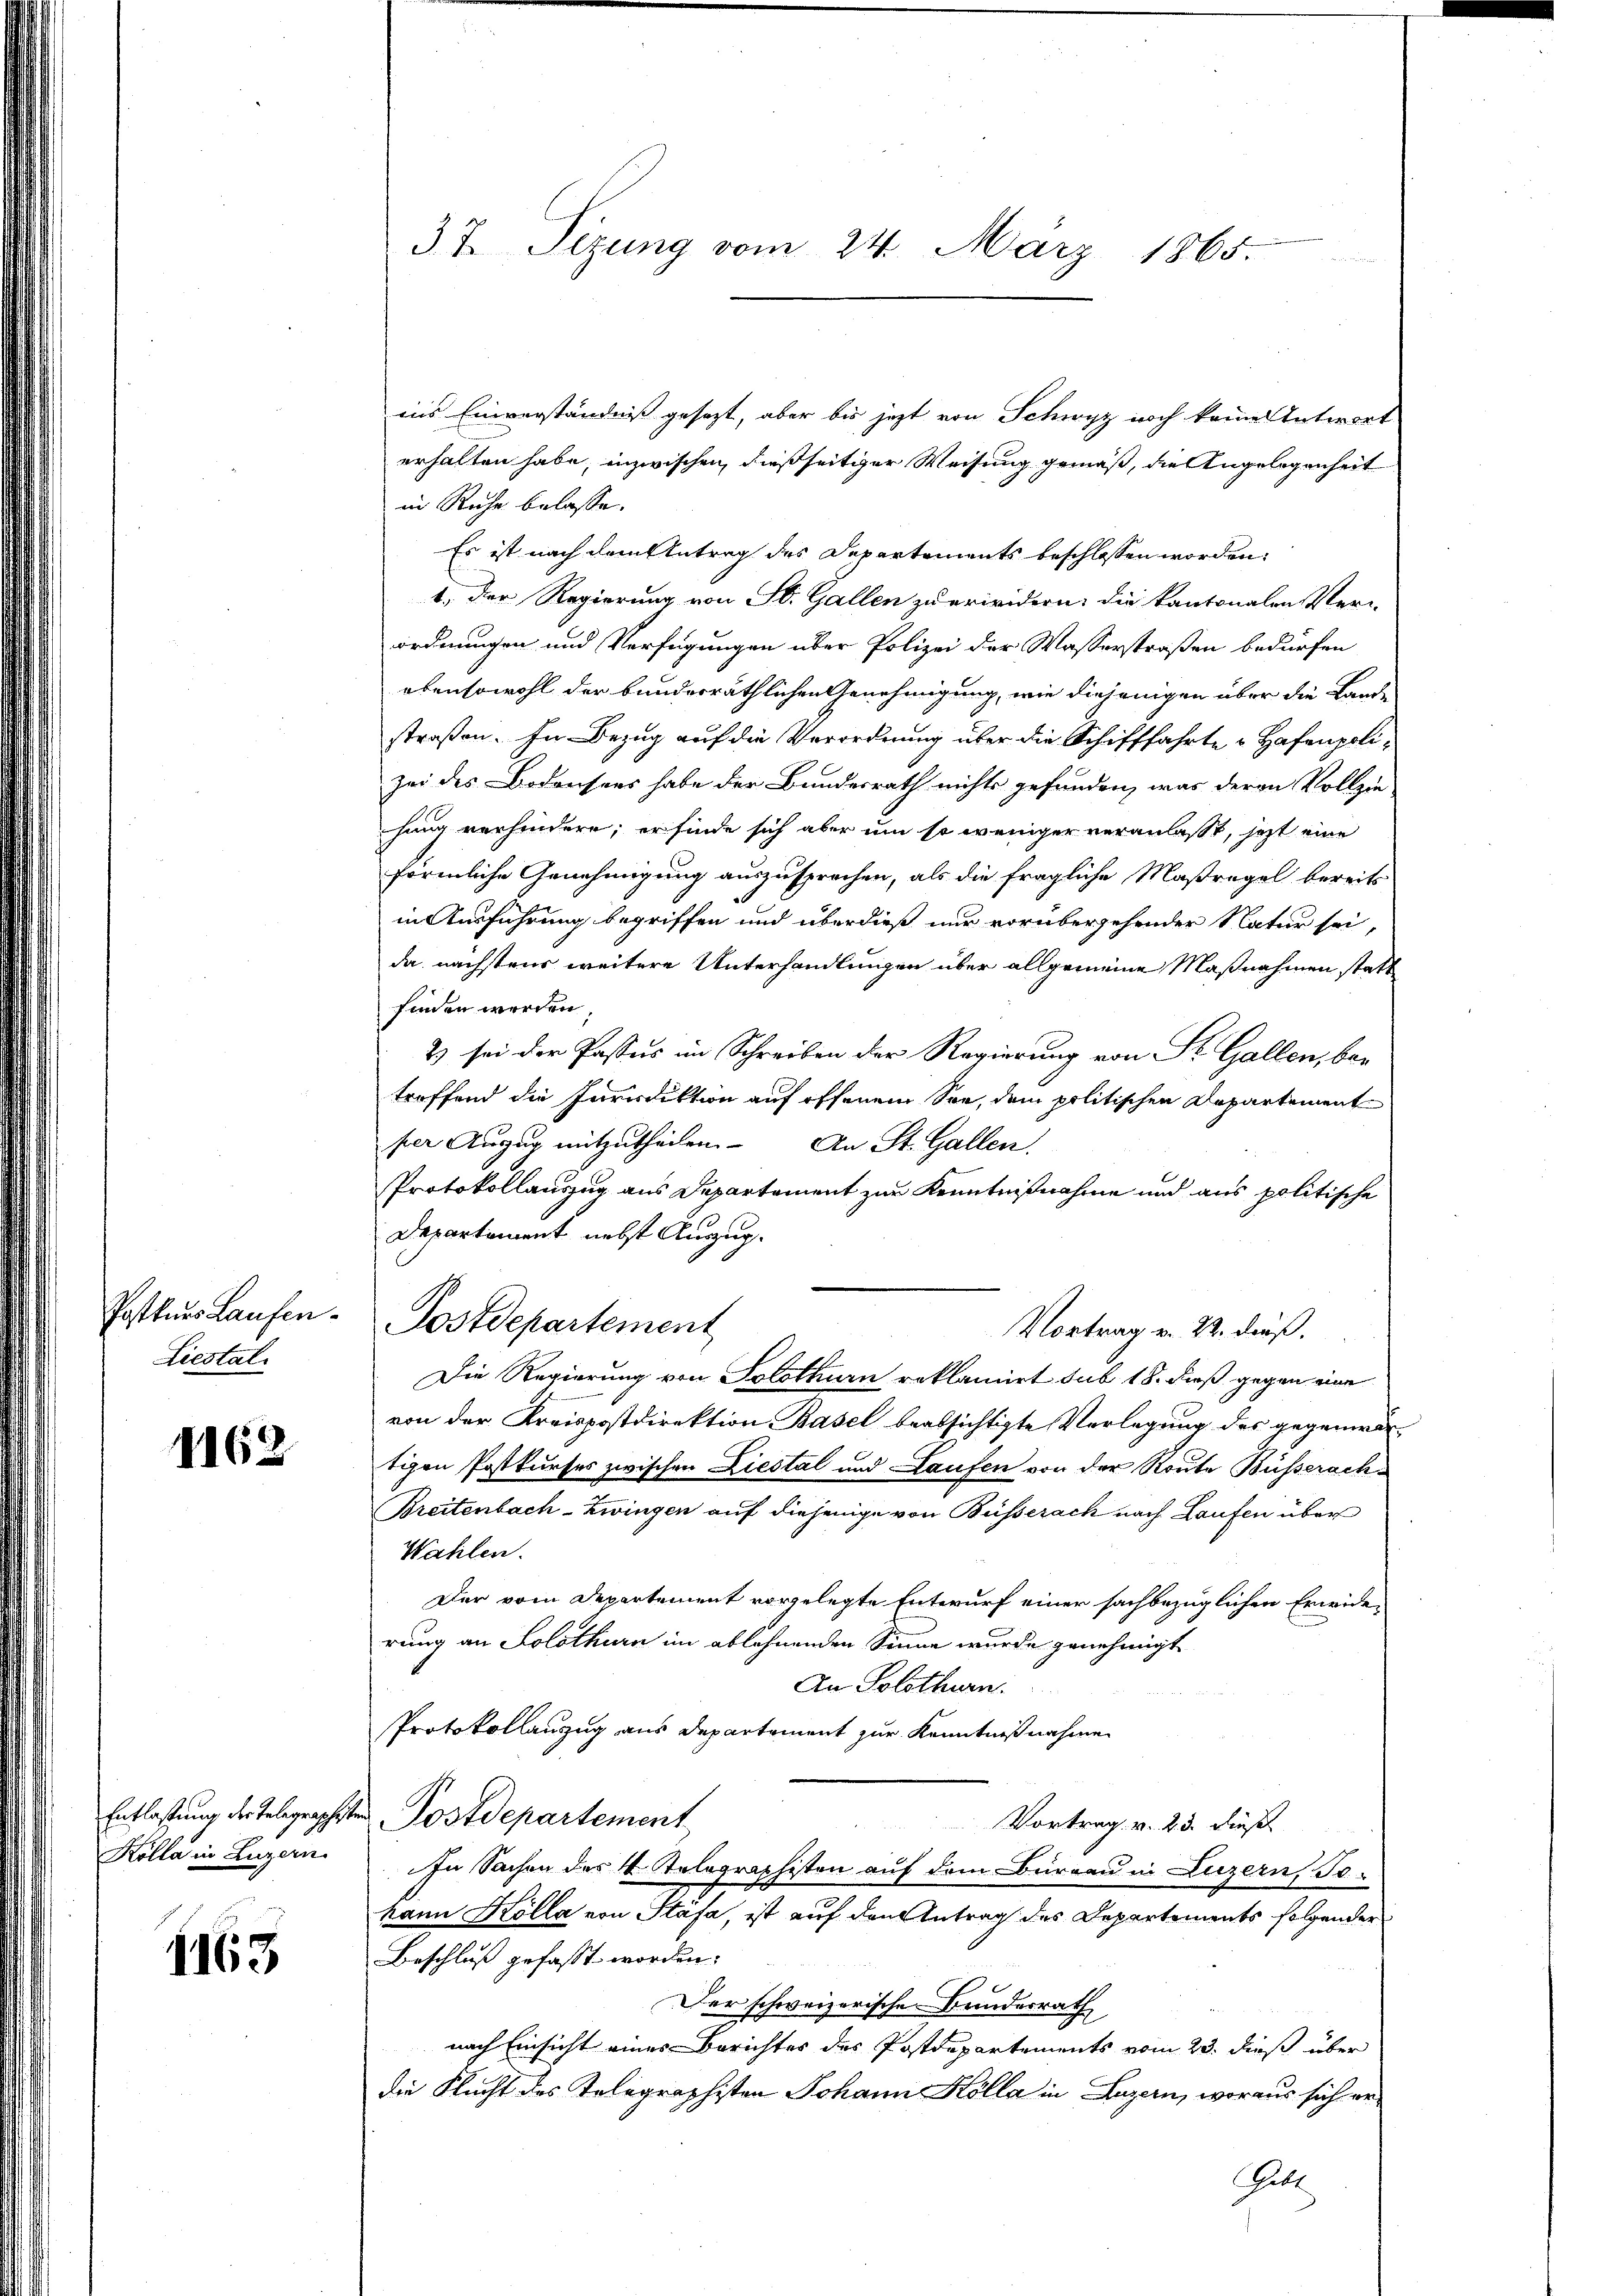
Postkurs Laufen.
Liestal

1162

Kölla in Luzern

1163

37. Sizung vom 24. März 1865.

ins Einverständniß gesezt, aber bis jetzt von Schwyz noch keine Antwort
erhalten habe, inzwischen dießseitiger Weisung gemäß, die Angelegenheit
in Ruhe belasse.
Es ist nach dem Antrag des Departements beschlossen worden,
1. Der Regierung von St. Gallen zu erwidern, die kantonalen Ver-
ordnungen und Verfügungen über Polizei der Wasserstraßen bedürfen
ebensowohl der bunderräthlichen Genehmigung, wie diejenigen über die Landstraßen. In Bezug auf die Verordnung über die Schifffahrte Hafenpolizei des Bodensens habe der Bundesrath nichts gefunden, was deren Vollziehung verhindere; er finde sich aber um so weniger veranlasst, jezt eine
förmliche Genehmigung auszusprechen, als die fragliche Maßregel bereits
in Ausführung begriffen und überdieß nur vorübergehender Natur sei,
da nächstens weitere Unterhandlungen über allgemeine Maßnahmen statt
finden werden
2) sei der Passus im Schreiben der Regierung von St. Gallen, ber
troffend die Iurisdiktion auf offenem See, dem politischen Departemente
per Auszug mitzutheilen. An St. Gallen.
Protokollauszug aus Departement zur Kenntnißnahme und aus politische
Departement nebst Auszug.
Postdepartement
Vortrag v. 22. dieß.
Die Regierung von Solothurn reklamirt sub 18. dieß gegen eine
von der Kreispostdirektion Basel beabsichtigte Verlegung des gegenwärtigen Postkurses zwischen Liestal und Laufen von der Route Büsserach¬
Breitenbach-Zwingen auf diejenige von Busserach nach Laufen über
Wahlen.
Der vom Departement vorgelegte Entwurf einer sachbezüglichen Erwiderung an Solothurn im ablehnenden Sinne wurde genehmigt
An Solothurn.
Protokollanzug aus Departement zur Kenntnißnahmen
Entlastung der Telegraphisten Postdepartement
Vortrag. v. 23. dieß
In Sachen des 4. Telegraphisten auf dem Bureau in Luzern, To
hann Kölla von Stäfa, ist auf den Antrag des Departements folgender
Beschluß gefasst worden.
Der schweizerische Bundesrath
nach Einsicht eines Berichtes des Postdepartements vom 23. dieß über
die Flucht des Telegraphisten Johann Kölla in Luzern, woraus sich er¬

Gatt